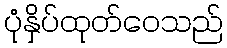
ပုံနှိပ်ထုတ်ဝေသည်